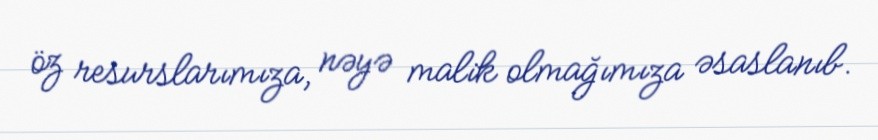
öz resurslarımıza, nəyə malik olmağımıza əsaslanıb.